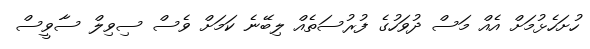
ހުށަހެޅުމަށް އެއް މަސް ދުވަހުގެ ފުރުސަތެއް ލިބޭނެ ކަމަށް ވެސް ސިވިލް ސާވީސް